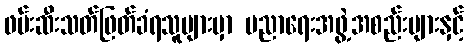
ဖမ်းဆီးသတ်ဖြတ်ခံရသူများမှာ ပညာရေးအဖွဲ့အစည်းများနှင့်